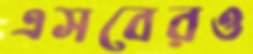
এসবেরও